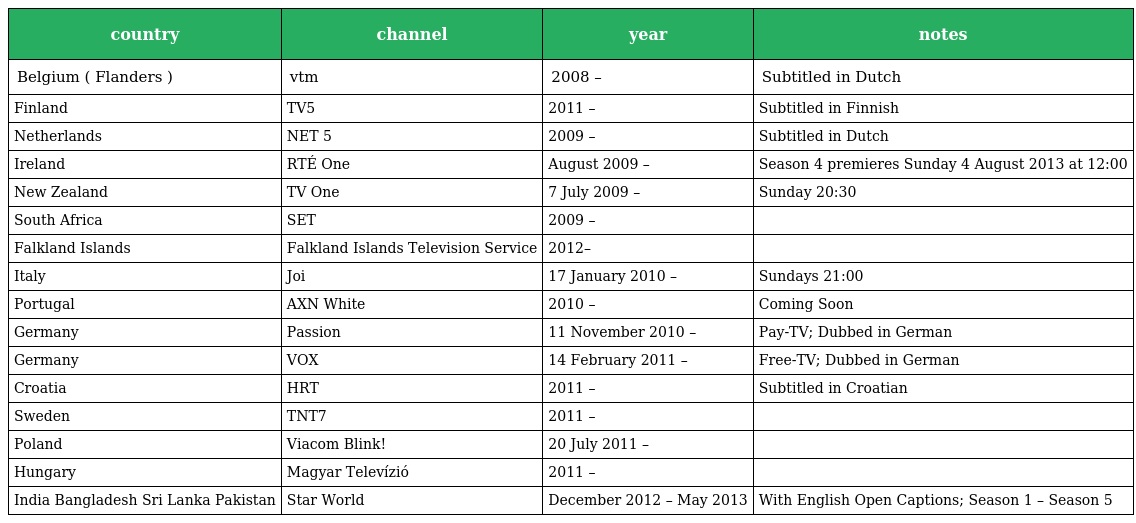
| country | channel | year | notes |
 | --- | --- | --- | --- |
 | Belgium ( Flanders ) | vtm | 2008 – | Subtitled in Dutch |
 | Finland | TV5 | 2011 – | Subtitled in Finnish |
 | Netherlands | NET 5 | 2009 – | Subtitled in Dutch |
 | Ireland | RTÉ One | August 2009 – | Season 4 premieres Sunday 4 August 2013 at 12:00 |
 | New Zealand | TV One | 7 July 2009 – | Sunday 20:30 |
 | South Africa | SET | 2009 – |  |
 | Falkland Islands | Falkland Islands Television Service | 2012– |  |
 | Italy | Joi | 17 January 2010 – | Sundays 21:00 |
 | Portugal | AXN White | 2010 – | Coming Soon |
 | Germany | Passion | 11 November 2010 – | Pay-TV; Dubbed in German |
 | Germany | VOX | 14 February 2011 – | Free-TV; Dubbed in German |
 | Croatia | HRT | 2011 – | Subtitled in Croatian |
 | Sweden | TNT7 | 2011 – |  |
 | Poland | Viacom Blink! | 20 July 2011 – |  |
 | Hungary | Magyar Televízió | 2011 – |  |
 | India Bangladesh Sri Lanka Pakistan | Star World | December 2012 – May 2013 | With English Open Captions; Season 1 – Season 5 |